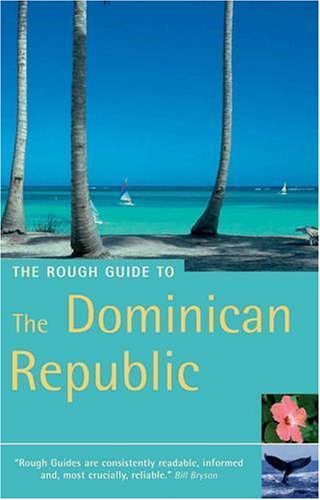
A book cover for The Rough Guide to the Dominican Republic 3 (Rough Guide Travel Guides); Sean Harvey; Travel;